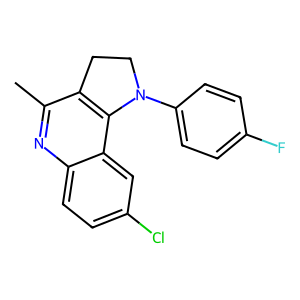
SMILES: Cc1nc2ccc(Cl)cc2c2c1CCN2c1ccc(F)cc1
Inhibits HIV replication: No